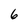
Character: 6